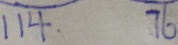
1 1 4 . 7 6